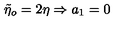
\tilde { \eta } _ { o } = 2 \eta \Rightarrow a _ { 1 } = 0